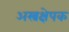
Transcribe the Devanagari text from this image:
अस्त्रक्षेपक